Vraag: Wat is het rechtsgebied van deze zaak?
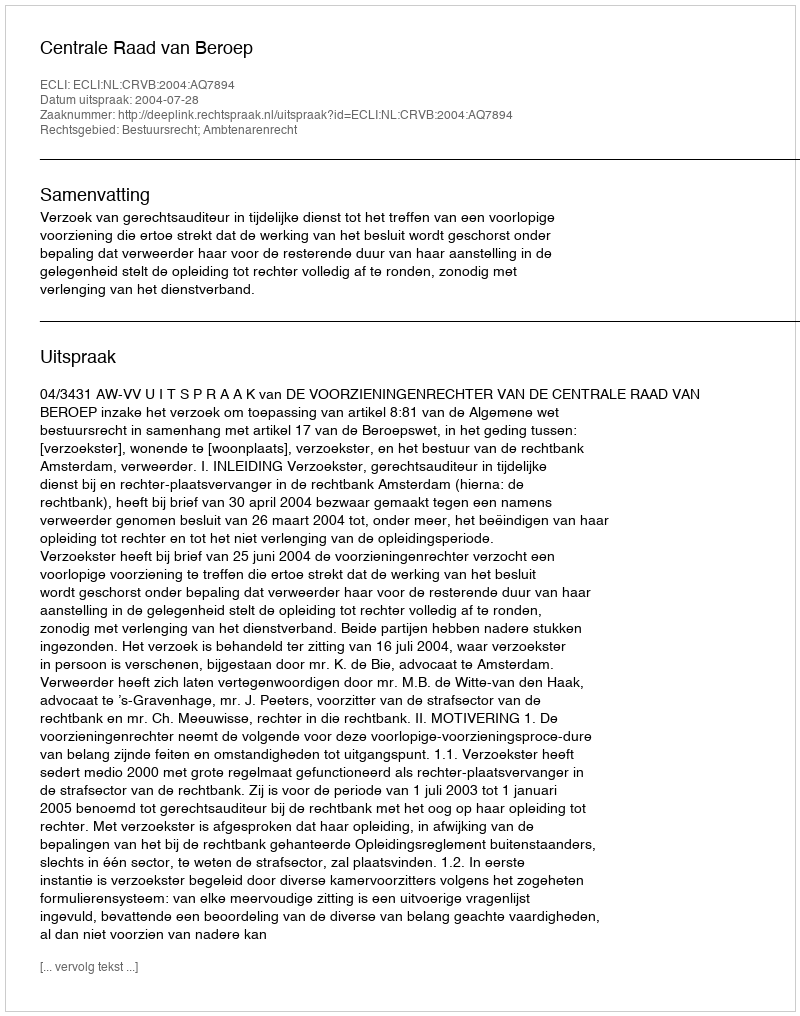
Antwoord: Bestuursrecht; Ambtenarenrecht